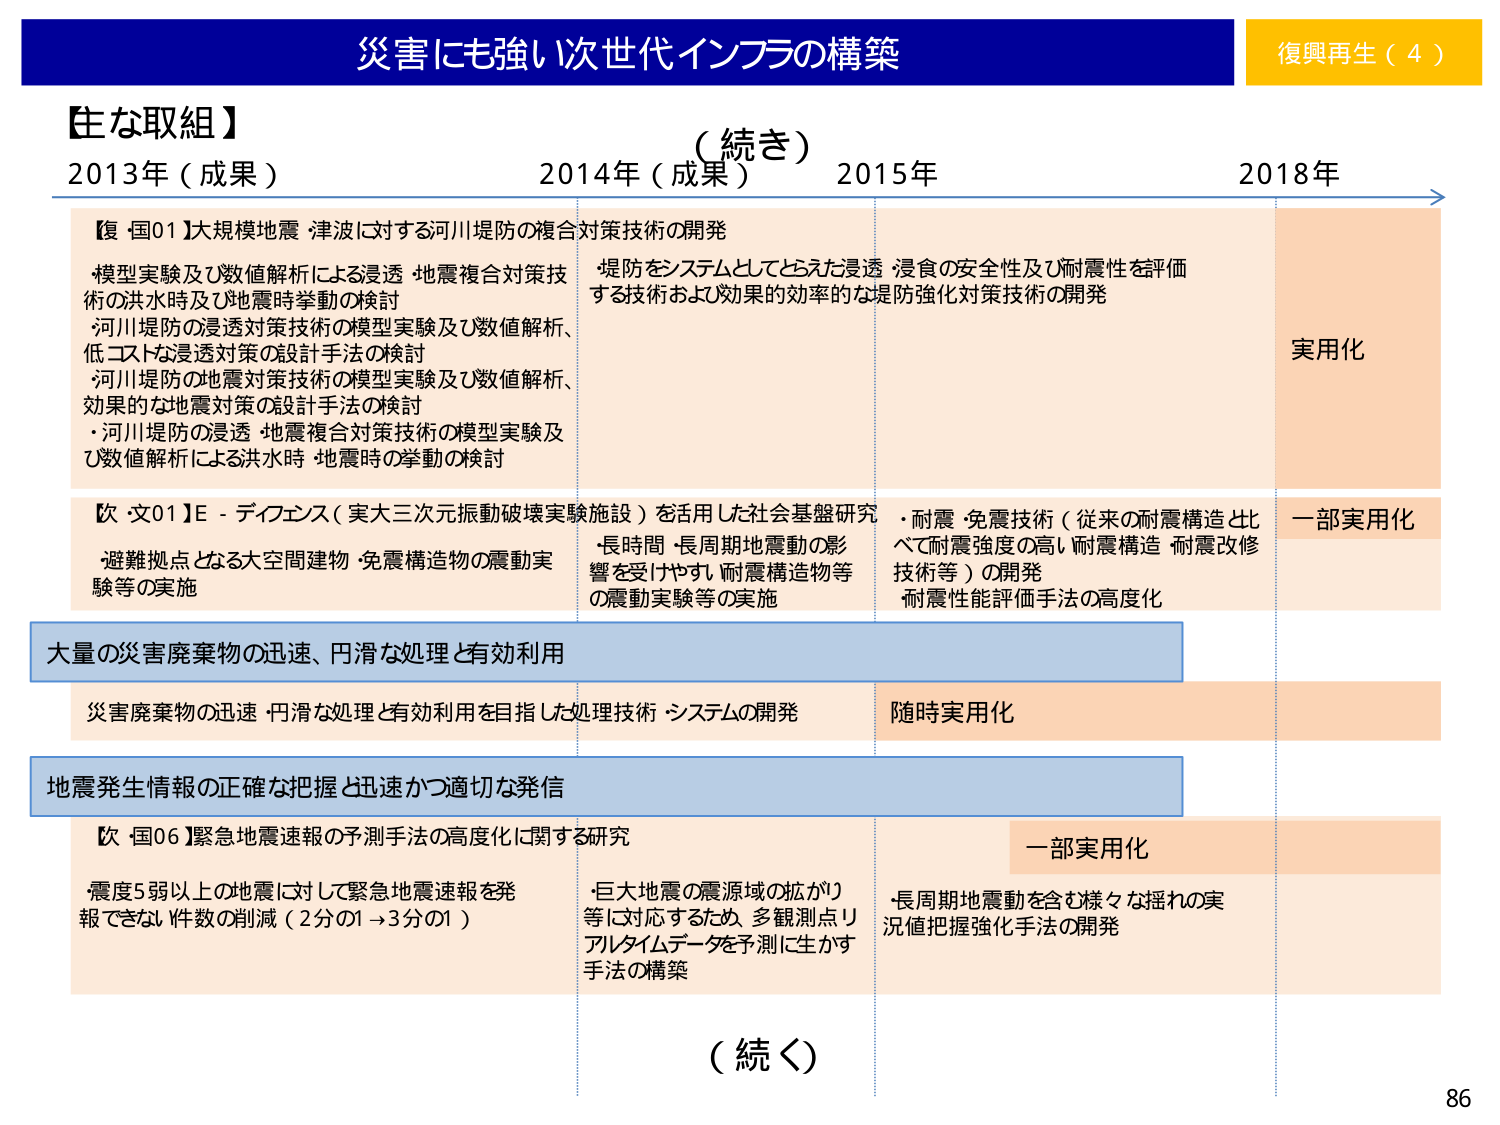
災害にも強い次世代インフラの構築
復興再生（4）

【主な取組】
（続き）

2013年（成果）
2014年（成果）
2015年
2018年

【復・国01】大規模地震・津波に対する河川堤防の複合対策技術の開発
・模型実験及び数値解析による浸透・地震複合対策技術の洪水時及び地震時挙動の検討
・河川堤防の浸透対策技術の模型実験及び数値解析、低コストな浸透対策の設計手法の検討
・河川堤防の地震対策技術の模型実験及び数値解析、効果的な地震対策の設計手法の検討
・河川堤防の浸透・地震複合対策技術の模型実験及び数値解析による洪水時・地震時の挙動の検討

・堤防をシステムとしてとらえた浸透・浸食の安全性及び耐震性を評価する技術および効果的効率的な堤防強化対策技術の開発

実用化

【欧・文01】E-ディフェンス（実大三次元振動破壊実験施設）を活用した社会基盤研究
避難拠点となる大空間建物・免震構造物の震動実験等の実施

・長時間・長周期地震動の影響を受けやすい耐震構造物等の震動実験等の実施

・耐震・免震技術（従来の耐震構造と比べて耐震強度の高い耐震構造・耐震改修技術等）の開発
耐震性能評価手法の高度化

一部実用化

大量の災害廃棄物の迅速、円滑な処理と有効利用

災害廃棄物の迅速・円滑な処理と有効利用を目指した処理技術・システムの開発
随時実用化

地震発生情報の正確な把握と迅速かつ適切な発信

【欧・国06】緊急地震速報の予測手法の高度化に関する研究
・震度5弱以上の地震に対して緊急地震速報を発報できない件数の削減（2分の1→3分の1）

・巨大地震の震源域の拡がり等に対応するため、多観測点リアルタイムデータを予測に生かす手法の構築

一部実用化
・長周期地震動を含む様々な揺れの実況値把握強化手法の開発

（続く）

86